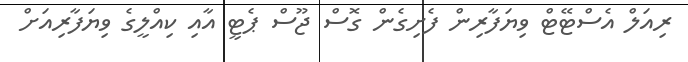
ރިއަލް އެސްޓޭޓް ވިޔަފާރިން ފެށިގެން ގޮސް ޖޫސް ޕެޓީ އާއި ކިއްލީގެ ވިޔަފާރިއަށް